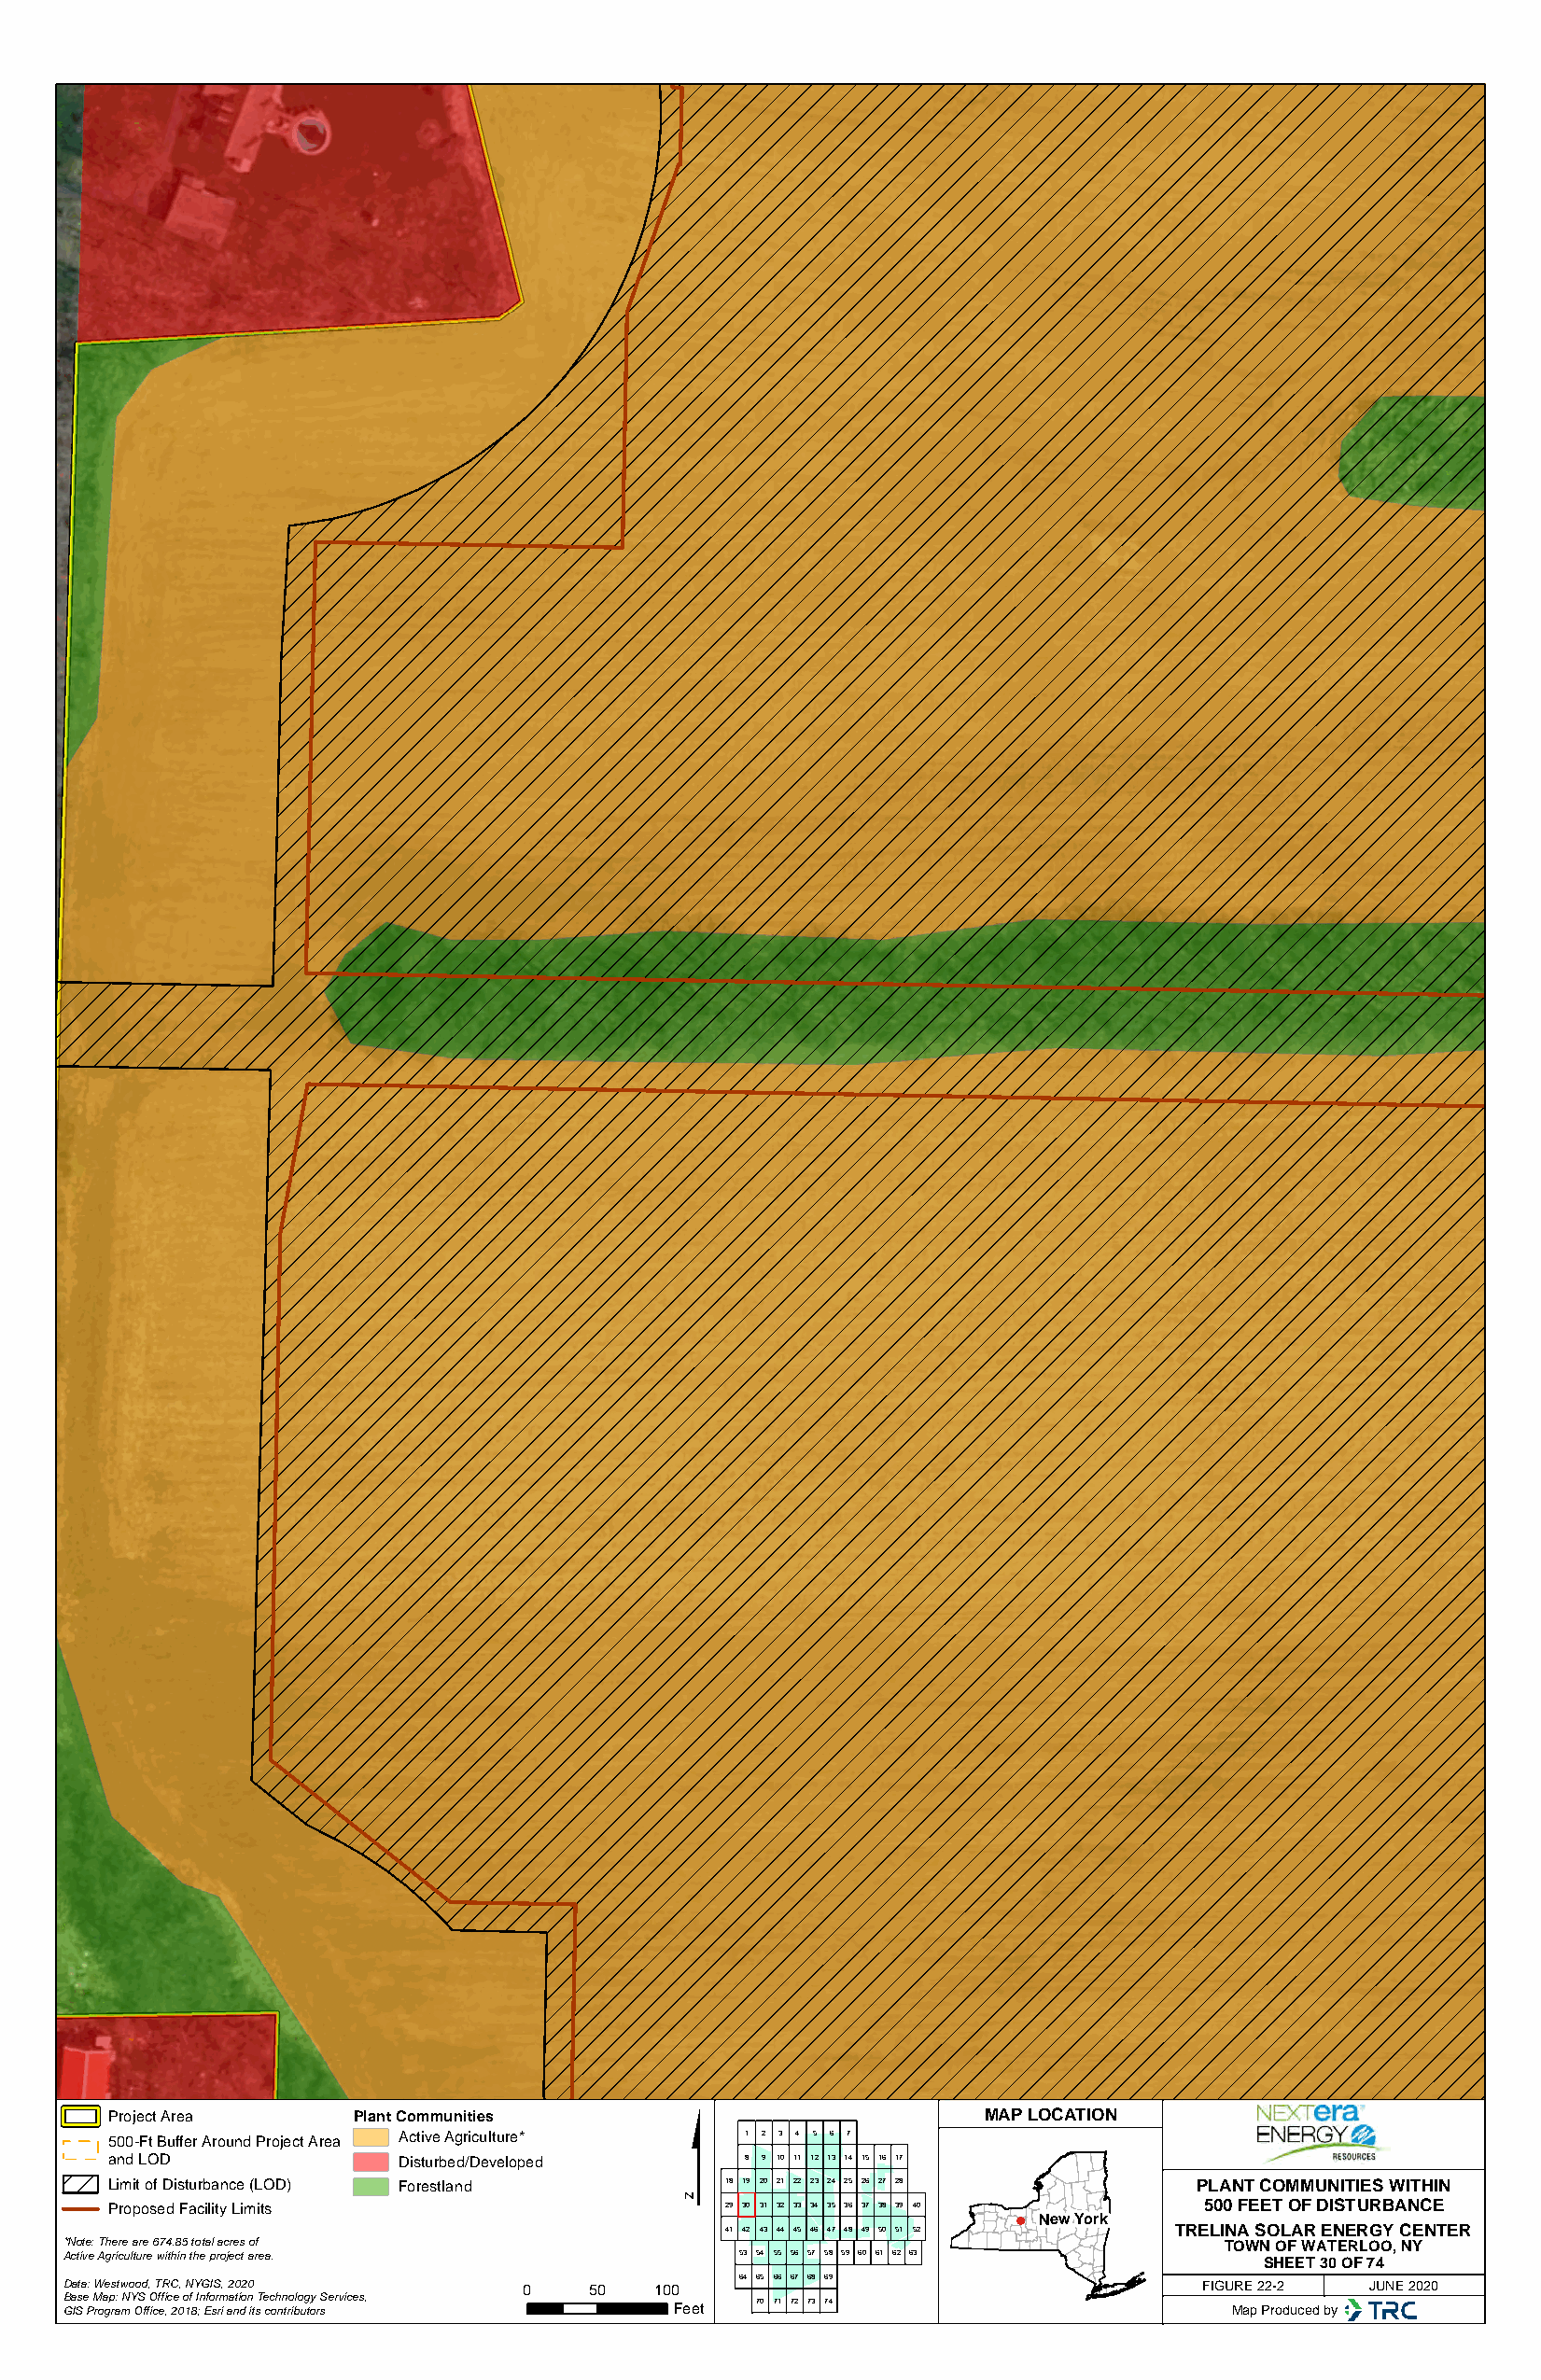
$
 Project Area     Plant Communities                            MAP LOCATION
 500-Ft Buffer Around Project Area Active Agriculture* 1 2 3 4 5 6 7
 and LOD             Disturbed/Developed      8 9 10 11 12 13 14 15 16 17
 Limit of Disturbance (LOD) Forestland      18 19 20 21 22 23 24 25 26 27 28  PLANT COMMUNITIES WITHIN
 Proposed Facility Limits                   29 30 31 32 33 34 35 36 37 38 39 40 500 FEET OF DISTURBANCE
 New York
 41 42 43 44 45 46 47 48 49 50 51 52 TRELINA SOLAR ENERGY CENTER
 *Note: There are 674.85 total acres of                                             TOWN OF WATERLOO, NY
 Active Agriculture within the project area.     53 54 55 56 57 58 59 60 61 62 63
 SHEET 30 OF 74
 64 65 66 67 68 69
 Data: Westwood, TRC, NYGIS, 2020 0    50  100                                    FIGURE 22-2 JUNE 2020
 Base Map: NYS Office of Information Technology Services, 70 71 72 73 74
 GIS Program Office, 2018; Esri and its contributors Feet                           Map Produced by